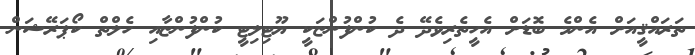
ތަރައްޤީއަށް އެންމެ ބޮޑަށް އެހީތެރިވެދޭ ދެ ކުންފުންޏަކީ ޔޫޓިލިޓީ ކުންފުންޏާއި ހެލްތް ކޯޕަރޭޝަން